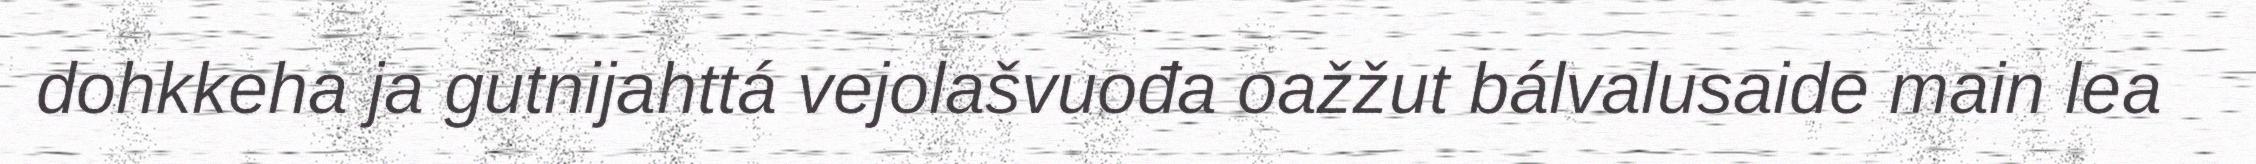
dohkkeha ja gutnijahttá vejolašvuođa oažžut bálvalusaide main lea